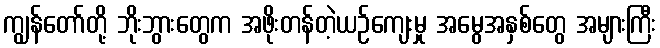
ကျွန်တော်တို့ ဘိုးဘွားတွေက အဖိုးတန်တဲ့ယဉ်ကျေးမှု အမွေအနှစ်တွေ အများကြီး